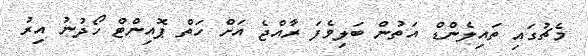
މެޗުގައި ތައިލެންޑް އަތުން ބަލިވެފަ ރާއްޖެ އަށް ހަތް ޕޮއިންޓް ހޯދުނު އިރު